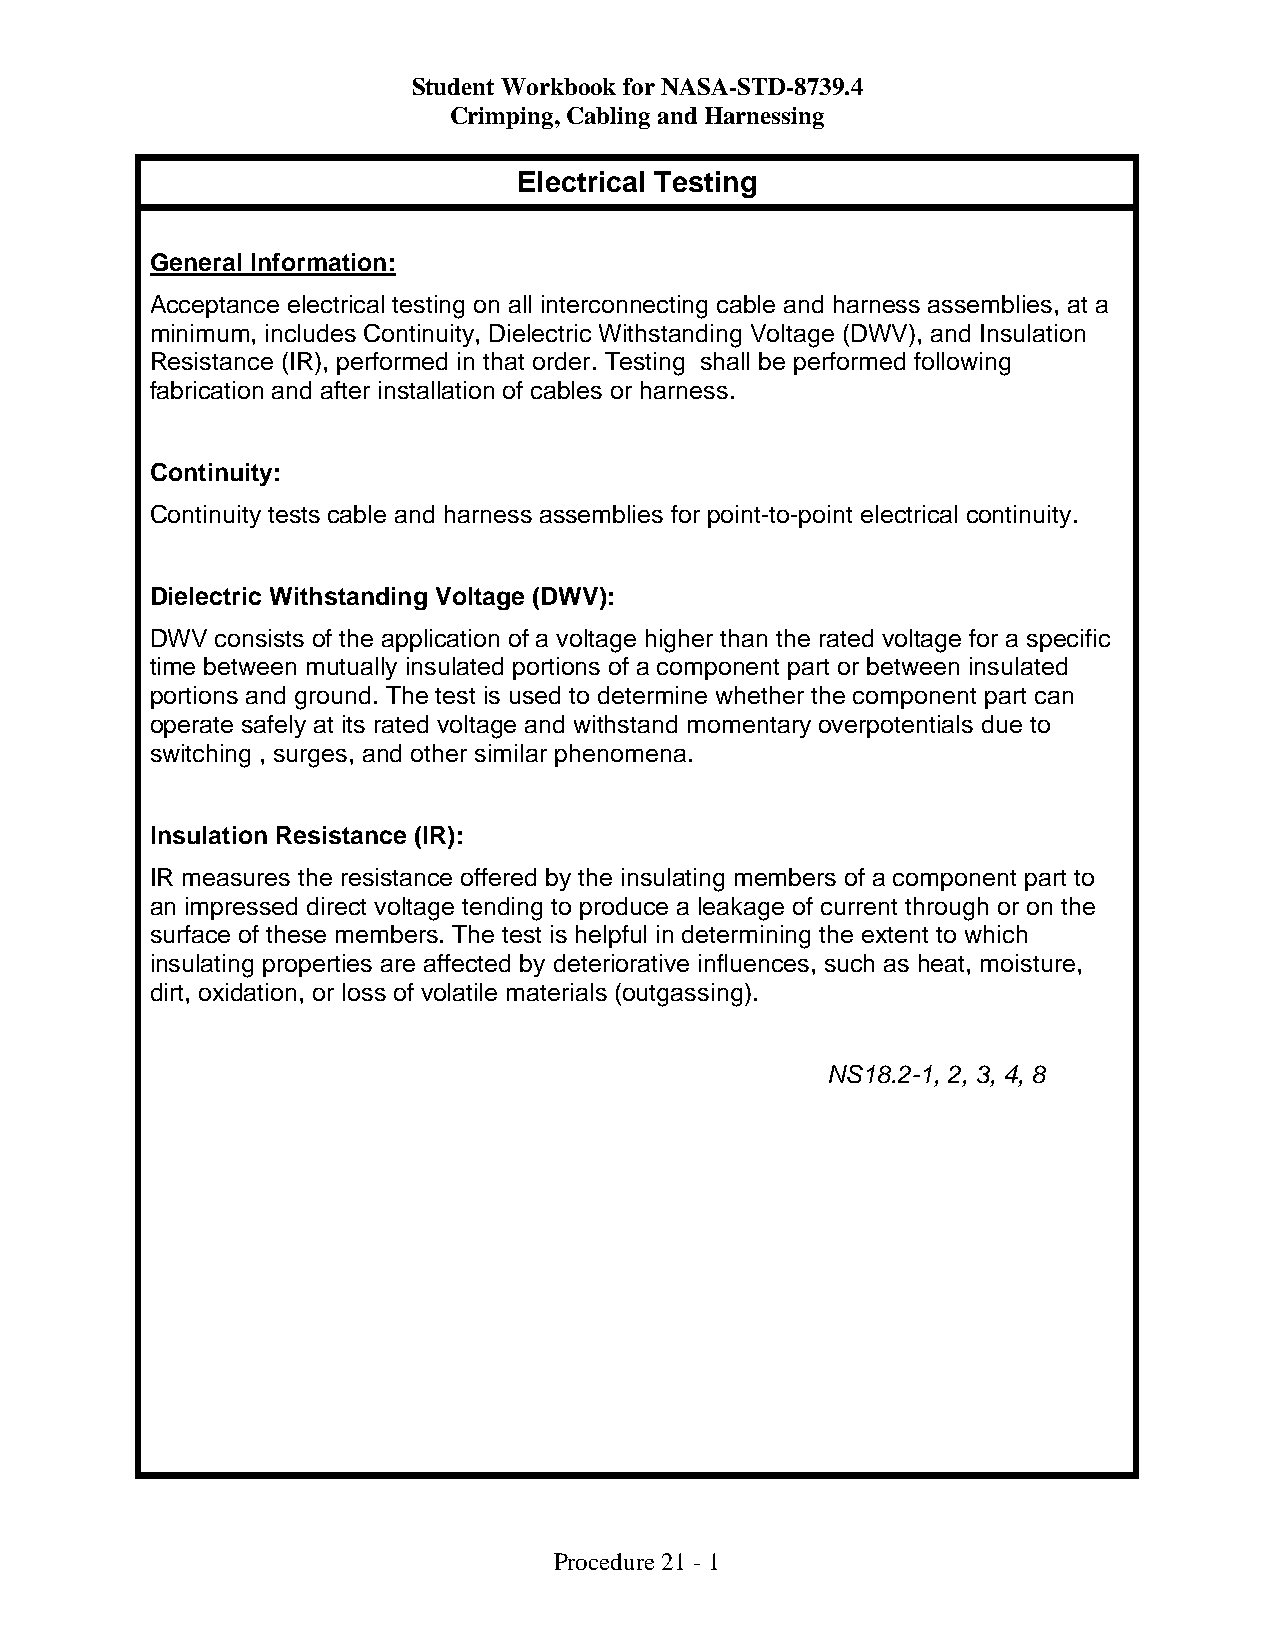
Student Workbook for NASA-STD-8739.4
 Crimping, Cabling and Harnessing
 Electrical Testing
 General Information:
 Acceptance electrical testing on all interconnecting cable and harness assemblies, at a
 minimum, includes Continuity, Dielectric Withstanding Voltage (DWV), and Insulation
 Resistance (IR), performed in that order. Testing shall be performed following
 fabrication and after installation of cables or harness.
 Continuity:
 Continuity tests cable and harness assemblies for point-to-point electrical continuity.
 Dielectric Withstanding Voltage (DWV):
 DWV consists of the application of a voltage higher than the rated voltage for a specific
 time between mutually insulated portions of a component part or between insulated
 portions and ground. The test is used to determine whether the component part can
 operate safely at its rated voltage and withstand momentary overpotentials due to
 switching , surges, and other similar phenomena.
 Insulation Resistance (IR):
 IR measures the resistance offered by the insulating members of a component part to
 an impressed direct voltage tending to produce a leakage of current through or on the
 surface of these members. The test is helpful in determining the extent to which
 insulating properties are affected by deteriorative influences, such as heat, moisture,
 dirt, oxidation, or loss of volatile materials (outgassing).
 NS18.2-1, 2, 3, 4, 8
 Procedure 21 - 1